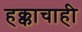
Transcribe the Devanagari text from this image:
हक्काचाही